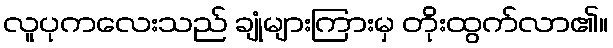
လူပုကလေးသည် ချုံများကြားမှ တိုးထွက်လာ၏။